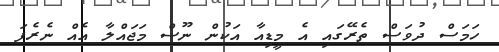
ހަމަސް ދުވަސް ތެރޭގަައި އެ މީޑިއާ އަކުން ނޫސް މަޖައްލާ އެއް ނެރެފަ